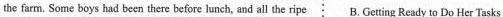
the farm. Some boys had been there before lunch, and all the ripe B. Geting Ready to Do Her Tasks